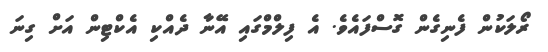
ރޯލަކުން ފެނިގެން ގޮސްފައެވެ. އެ ފިލްމްގައި އޭނާ ދެއްކި އެކްޓިން އަށް ގިނަ